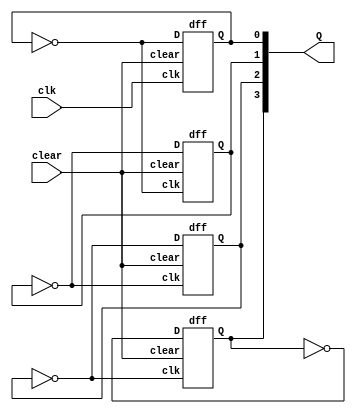
module async4(clk,clear,Q);
	input clk,clear;
	output [3:0] Q;
	dff s0(~Q[0],clk,clear,Q[0]);
	dff s1(~Q[1],~Q[0],clear,Q[1]);
	dff s2(~Q[2],~Q[1],clear,Q[2]);
	dff s3(~Q[3],~Q[2],clear,Q[3]);
endmodule

module dff(D,clk,clear,Q);
	input D,clk,clear;
	output reg Q;
	always @(posedge clk or negedge clear)
	begin
	if(!clear)
		Q <= 0;
	else
		Q <= D;
	end
endmodule